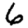
Digit: 6